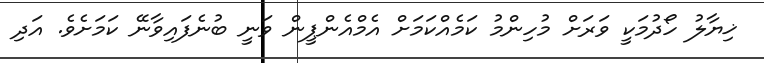
ޚިޔާލު ހޯދުމަކީ ވަރަށް މުހިންމު ކަމެއްކަމަށް އެމްއެންޕީން ވަނީ ބުނެފައިވާނޭ ކަމަށެވެ. އަދި